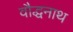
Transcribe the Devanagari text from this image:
वौद्धनाथ